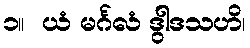
၁။  ယံ မင်္ဂလံ ဒွါဒသဟိ၊